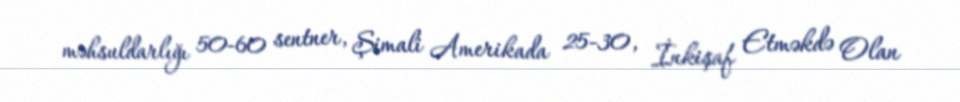
məhsuldarlığı 50-60 sentner, Şimali Amerikada 25-30, İnkişaf Etməkdə Olan